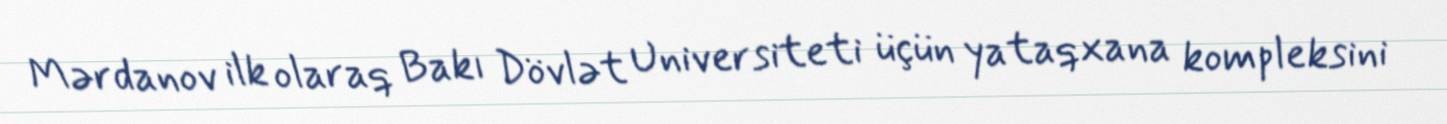
Mərdanov ilk olaraq Bakı Dövlət Universiteti üçün yataqxana kompleksini